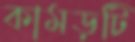
কামড়টি